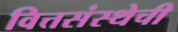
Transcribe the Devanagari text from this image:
वित्तसंस्थेची